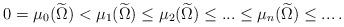
LaTeX: \begin{align*}0=\mu_0(\widetilde{\Omega})<\mu_{1}(\widetilde{\Omega})\leq\mu_{2}(\widetilde{\Omega})\leq...\leq\mu_{n}(\widetilde{\Omega})\leq...\,.\end{align*}